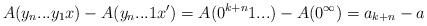
LaTeX: \begin{align*}A(y_n...y_1x) - A(y_n...1x') = A(0^{k+n}1...) - A(0^\infty)= a_{k+n} - a\end{align*}